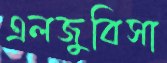
এলজুবিসা